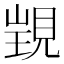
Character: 𧡁